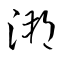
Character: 溯